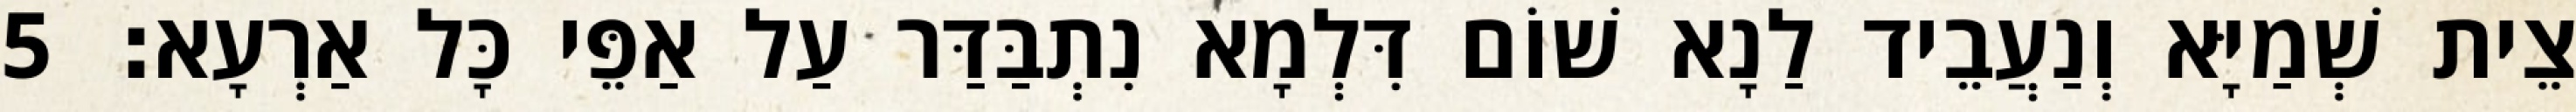
צֵית שְׁמַיָּא וְנַעֲבֵיד לַנָא שׁוֹם דִּלְמָא נִתְבַּדַּר עַל אַפֵּי כָּל אַרְעָא׃ 5